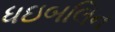
ધઇબલિન